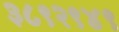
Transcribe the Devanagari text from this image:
३८९२९४९